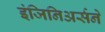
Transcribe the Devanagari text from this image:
इंजिनिअर्सने